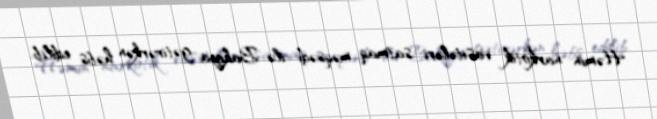
Həmin narkotik vasitələri satmaq məqsədi ilə Bakıya gətirərkən həbs edilib.